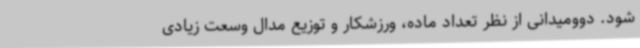
شود. دوومیدانی از نظر تعداد ماده، ورزشکار و توزیع مدال وسعت زیادی